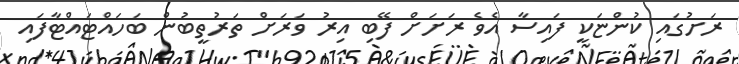
ރަށުގައި ކުންޏަކީ ފައިސާ އެވެ ރަށަށް ފޭބި އިރު ވަރަށް ތަރުތީބުން ބަހައްޓައްޓާފައި